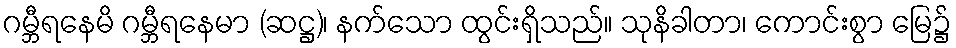
ဂမ္ဘီရနေမိ ဂမ္ဘီရနေမာ (ဆဋ္ဌ)၊ နက်သော ထွင်းရှိသည်။ သုနိခါတာ၊ ကောင်းစွာ မြေ၌